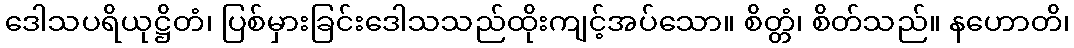
ဒေါသပရိယုဋ္ဌိတံ၊ ပြစ်မှားခြင်းဒေါသသည်ထိုးကျင့်အပ်သော။ စိတ္တံ၊ စိတ်သည်။ နဟောတိ၊